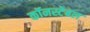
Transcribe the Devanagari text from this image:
कॉनस्टेबल